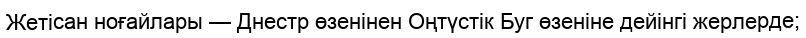
Жетісан ноғайлары — Днестр өзенінен Оңтүстік Буг өзеніне дейінгі жерлерде;